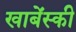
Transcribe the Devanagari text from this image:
खाबेंस्की